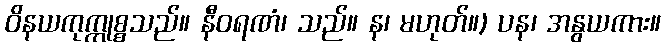
ဝိနယကုက္ကုစ္စသည်။ နီဝရဏံ၊ သည်။ န၊ မဟုတ်။) ပန၊ အနွယကား။